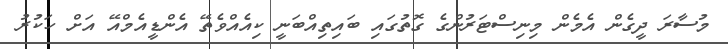
މުސާރަ ދީގެން އެމެން މިނިސްޓަރުންގެ ގޮތުގައި ބައިތިއްބަނީ ކިއެއްވެތޭ އެންޑީއެމްއޭ އަށް ހަކުރު